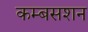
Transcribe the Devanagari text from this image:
कम्बसशन